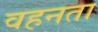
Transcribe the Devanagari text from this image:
वहनता